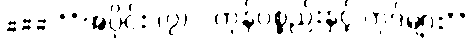
### **အပိုင်း (၇) - ကုန်ပစ္စည်းနှင့် ကုဒ်များ**